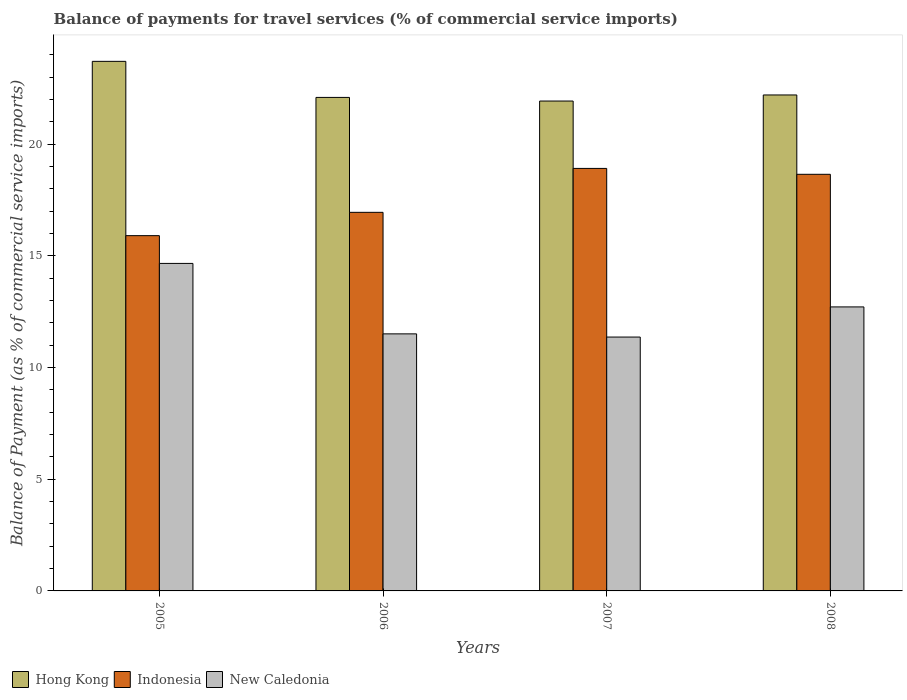
| Years | Hong Kong | Indonesia | New Caledonia |
 | --- | --- | --- | --- |
 | 2005 | 23.7 | 15.9 | 14.7 |
 | 2006 | 22.1 | 17 | 11.5 |
 | 2007 | 21.9 | 18.9 | 11.4 |
 | 2008 | 22.2 | 18.7 | 12.7 |